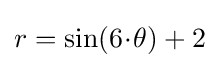
r=\sin(6\!\cdot \!\theta )+2